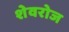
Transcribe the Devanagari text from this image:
शेवरोज